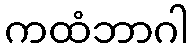
ကထံဘာဂါ